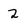
Character: 2